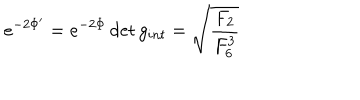
e ^ { - 2 \Phi ^ { \prime } } = { e ^ { - 2 \Phi } \det g _ { i n t } } = \sqrt { { \frac { F _ { 2 } } { F _ { 6 } ^ { 3 } } } }